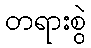
တရားစွဲ